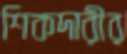
শিকদারীর